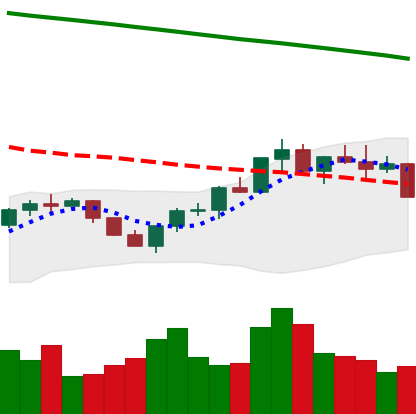
Ticker: BNB-USD
Chart end date: 2022-07-25
Forward return: 17.291%
Label: up_7plus